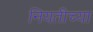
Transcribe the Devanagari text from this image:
नियतीच्या